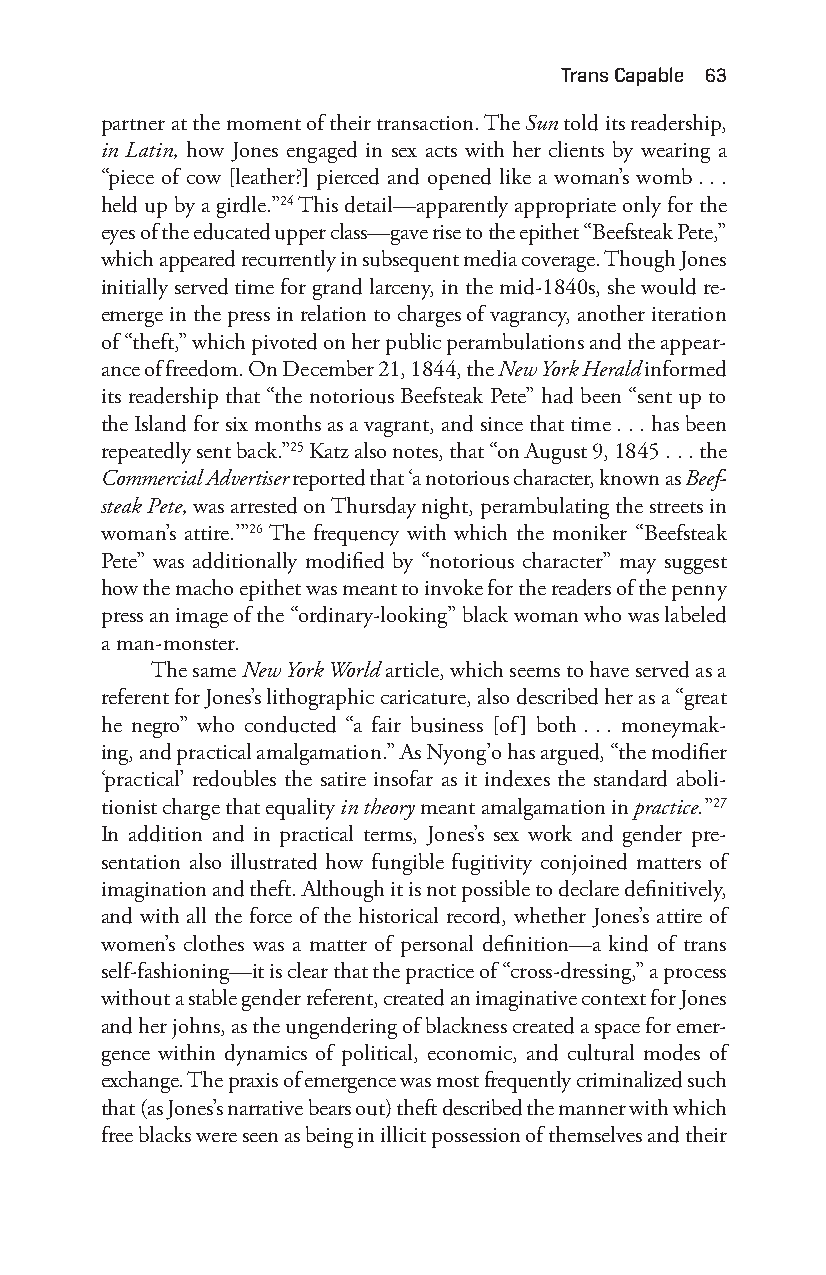
trans capable 63
 partner at the moment of their transaction. The Sun told its readership,
 in Latin, how Jones engaged in sex acts with her clients by wearing a
 “piece of cow [leather?] pierced and opened like a woman’s womb . . .
 held up by a girdle.”24 This detail—a pparently appropriate only for the
 eyes of the educated upper class— gave rise to the epithet “Beefsteak Pete,”
 which appeared recurrently in subsequent media coverage. Though Jones
 initially served time for grand larceny, in the mid- 1840s, she would re-
 emerge in the press in relation to charges of vagrancy, another iteration
 of “theft,” which pivoted on her public perambulations and the appear-
 ance of freedom. On December 21, 1844, the New York Herald informed
 its readership that “the notorious Beefsteak Pete” had been “sent up to
 the Island for six months as a vagrant, and since that time . . . has been
 repeatedly sent back.”25 Katz also notes, that “on August 9, 1845 . . . the
 Commercial Advertiser reported that ‘a notorious character, known as Beef-
 steak Pete, was arrested on Thursday night, perambulating the streets in
 woman’s attire.’”26 The frequency with which the moniker “Beefsteak
 Pete” was additionally modified by “notorious character” may suggest
 how the macho epithet was meant to invoke for the readers of the penny
 press an image of the “ordinary- looking” black woman who was labeled
 a man- monster.
 The same New York World article, which seems to have served as a
 referent for Jones’s lithographic caricature, also described her as a “great
 he negro” who conducted “a fair business [of] both . . . moneymak-
 ing, and practical amalgamation.” As Nyong’o has argued, “the modifier
 ‘practical’ redoubles the satire insofar as it indexes the standard aboli-
 tionist charge that equality in theory meant amalgamation in practice.”27
 In addition and in practical terms, Jones’s sex work and gender pre-
 sentation also illustrated how fungible fugitivity conjoined matters of
 imagination and theft. Although it is not possible to declare definitively,
 and with all the force of the historical record, whether Jones’s attire of
 women’s clothes was a matter of personal definition—a kind of trans
 self- fashioning— it is clear that the practice of “cross-d ressing,” a process
 without a stable gender referent, created an imaginative context for Jones
 and her johns, as the ungendering of blackness created a space for emer-
 gence within dynamics of political, economic, and cultural modes of
 exchange. The praxis of emergence was most frequently criminalized such
 that (as Jones’s narrative bears out) theft described the manner with which
 free blacks were seen as being in illicit possession of themselves and their
 Snorton.indd 63                             29/09/2017 8:41:00 AM